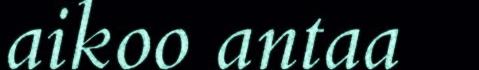
aikoo antaa